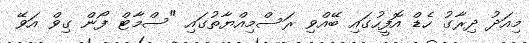
މިއަދު ދިރާގު ހެޑް އޮފީހުގައި ބޭއްވި ރަސްމިއްޔާތުގައި "ސްމާޓް ފޯން ގިވް އަވޭ